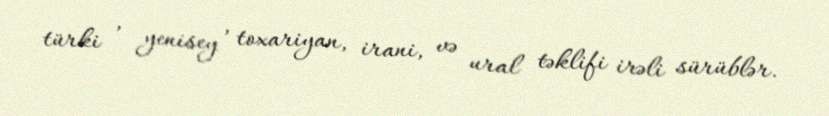
türki , yenisey , toxariyan, irani, və ural təklifi irəli sürüblər.